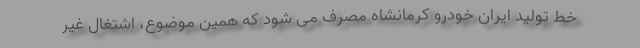
خط تولید ایران خودرو کرمانشاه مصرف می شود که همین موضوع، اشتغال غیر